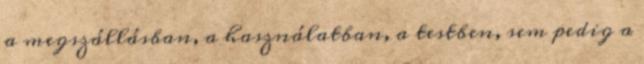
a megszállásban, a használatban, a testben, sem pedig a